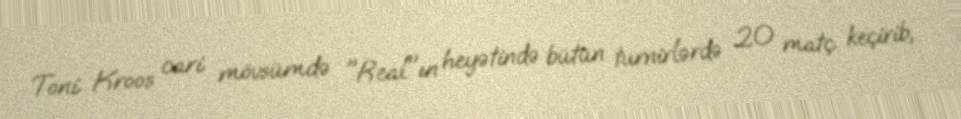
Toni Kroos cari mövsümdə "Real"ın heyətində bütün turnirlərdə 20 matç keçirib,